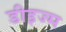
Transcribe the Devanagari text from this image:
डीइज्म